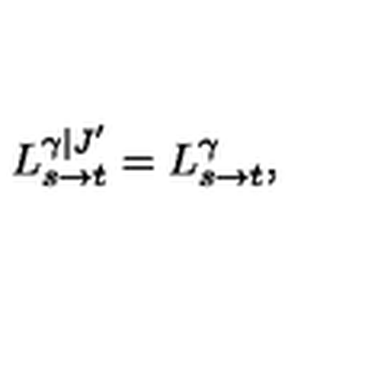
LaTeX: L _ { s \to t } ^ { \gamma | J ^ { \prime } } = L _ { s \to t } ^ { \gamma } ,